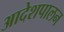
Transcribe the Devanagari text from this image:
आदेशपालन